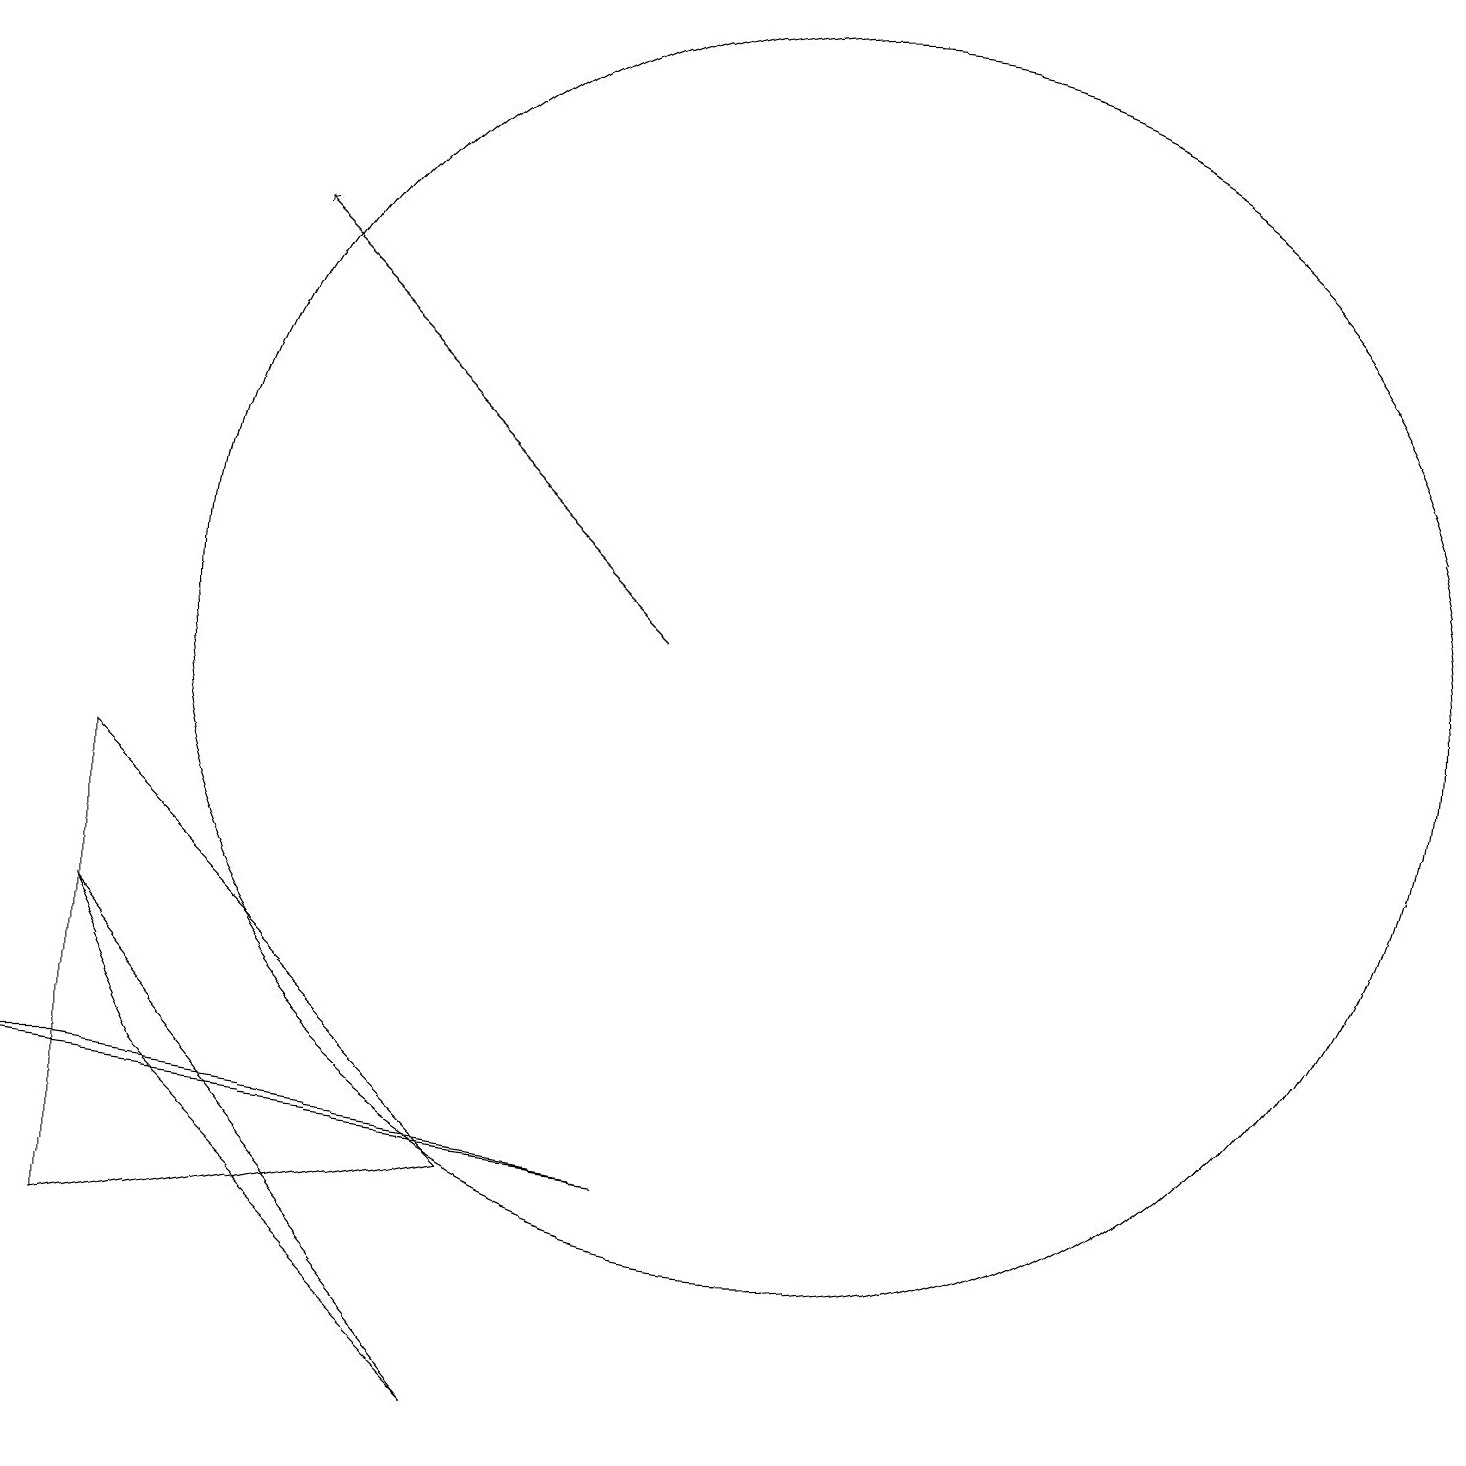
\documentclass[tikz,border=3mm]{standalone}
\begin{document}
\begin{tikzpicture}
\draw[->] (8,11) -- (3,16);
\draw (8,4) -- (0,5) -- (1,5) -- cycle;
\draw (1,3) -- (1,9) -- (6,4) -- cycle;
\draw (10,11) circle (8);
\draw (2,5) -- (1,7) -- (6,1) -- cycle;
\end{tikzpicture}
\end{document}